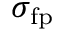
\sigma _ { \mathrm { f p } }